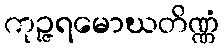
ကုဉ္ဇရမောဃတိဏ္ဏံ